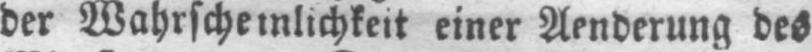
der Wahrscheinlichkeit einer Aenderung des